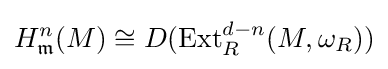
H_{\mathfrak {m}}^{n}(M)\cong D(\operatorname {Ext} _{R}^{d-n}(M,\omega _{R}))